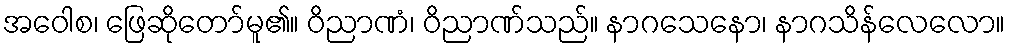
အဝေါစ၊ ဖြေဆိုတော်မူ၏။ ဝိညာဏံ၊ ဝိညာဏ်သည်။ နာဂသေနော၊ နာဂသိန်လေလော။